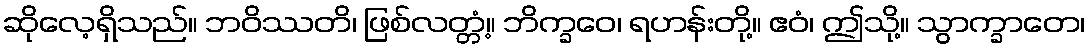
ဆိုလေ့ရှိသည်။ ဘဝိဿတိ၊ ဖြစ်လတ္တံ့။ ဘိက္ခဝေ၊ ရဟန်းတို့။ ဧဝံ၊ ဤသို့။ သွာက္ခာတေ၊